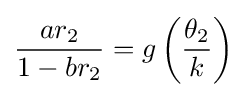
{\frac {ar_{2}}{1-br_{2}}}=g\left({\frac {\theta _{2}}{k}}\right)